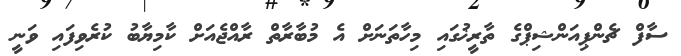
ސާފް ޗެންޕިއަންޝިޕްގެ ތާރީޚުގައި މިހާތަނަށް އެ މުބާރާތް ރާއްޖެއަށް ކާމިޔާބު ކުރެވިފައި ވަނީ